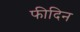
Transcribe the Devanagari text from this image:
फीदिन